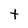
Character: t